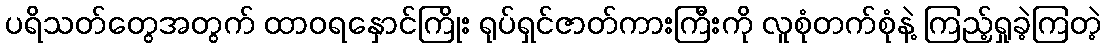
ပရိသတ်တွေအတွက် ထာဝရနှောင်ကြိုး ရုပ်ရှင်ဇာတ်ကားကြီးကို လူစုံတက်စုံနဲ့ ကြည့်ရှုခဲ့ကြတဲ့